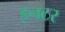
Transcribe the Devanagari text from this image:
इनटर